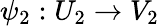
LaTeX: \psi_{2}:U_{2}\to V_{2}